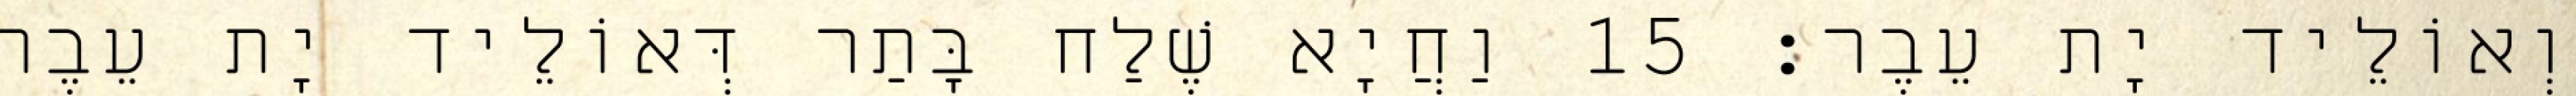
וְאוֹלֵיד יָת עֵבֶר׃ 15 וַחֲיָא שֶׁלַח בָּתַר דְּאוֹלֵיד יָת עֵבֶר